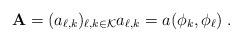
\begin{align*}{{\bf A}}=(a_{\ell, k})_{\ell,k \in {\cal K}} a_{\ell, k}= a(\phi_k,\phi_\ell)\;.\end{align*}